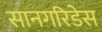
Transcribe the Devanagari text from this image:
सानगरिडेस